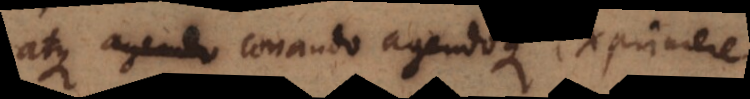
atque conando agendoque exprimere